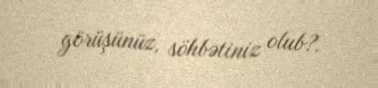
görüşünüz, söhbətiniz olub?.